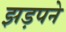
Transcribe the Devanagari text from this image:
झड़पने